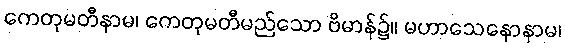
ကေတုမတီနာမ၊ ကေတုမတီမည်သော ဗိမာန်၌။ မဟာသေနောနာမ၊